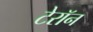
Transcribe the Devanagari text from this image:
टेरॉन